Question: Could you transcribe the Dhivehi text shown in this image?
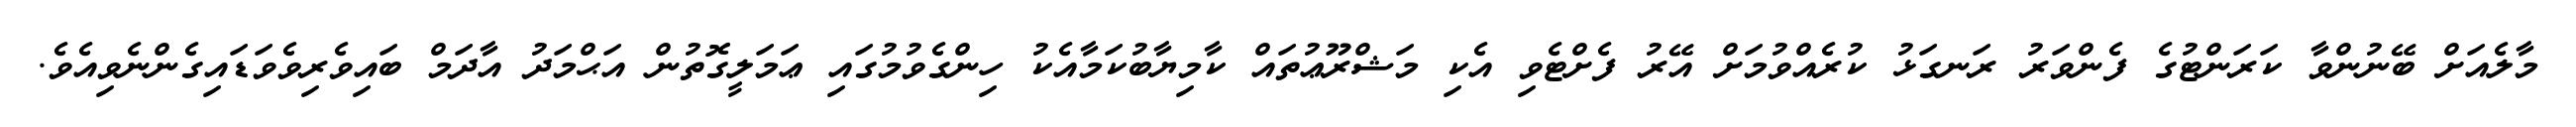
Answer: މާލެއަށް ބޭނުންވާ ކަރަންޓުގެ ފެންވަރު ރަނގަޅު ކުރެއްވުމަށް އޭރު ފެށްޓެވި އެކި މަޝްރޫޢުތައް ކާމިޔާބުކަމާއެކު ހިންގެވުމުގައި ޢަމަލީގޮތުން އަޙްމަދު އާދަމް ބައިވެރިވެވަޑައިގެންނެވިއެވެ.